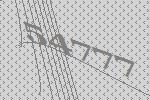
54777